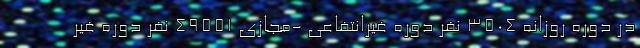
در دوره روزانه ۳۵۰۴ نفر دوره غیرانتفاعی -مجازی ۴۹۵۵۱ نفر دوره غیر